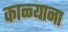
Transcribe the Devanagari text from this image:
काळ्याना